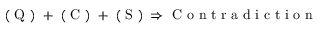
\begin{array} { r } { \mathrm { ~ ( ~ Q ~ ) ~ } + \mathrm { ~ ( ~ C ~ ) ~ } + \mathrm { ~ ( ~ S ~ ) ~ } \Rightarrow \mathrm { ~ C ~ o ~ n ~ t ~ r ~ a ~ d ~ i ~ c ~ t ~ i ~ o ~ n ~ } } \end{array}